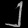
Digit: ၂